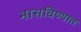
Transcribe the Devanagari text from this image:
भासविण्यात